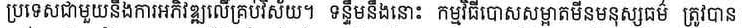
ប្រទេសជាមួយនិងការអភិវឌ្ឍលើគ្រប់វិស័យ។ ទន្ទឹមនឹងនោះ កម្មវិធីបោសសម្អាតមីនមនុស្សធម៌ ត្រូវបាន